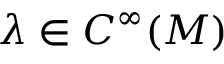
\lambda \in C ^ { \infty } ( M )